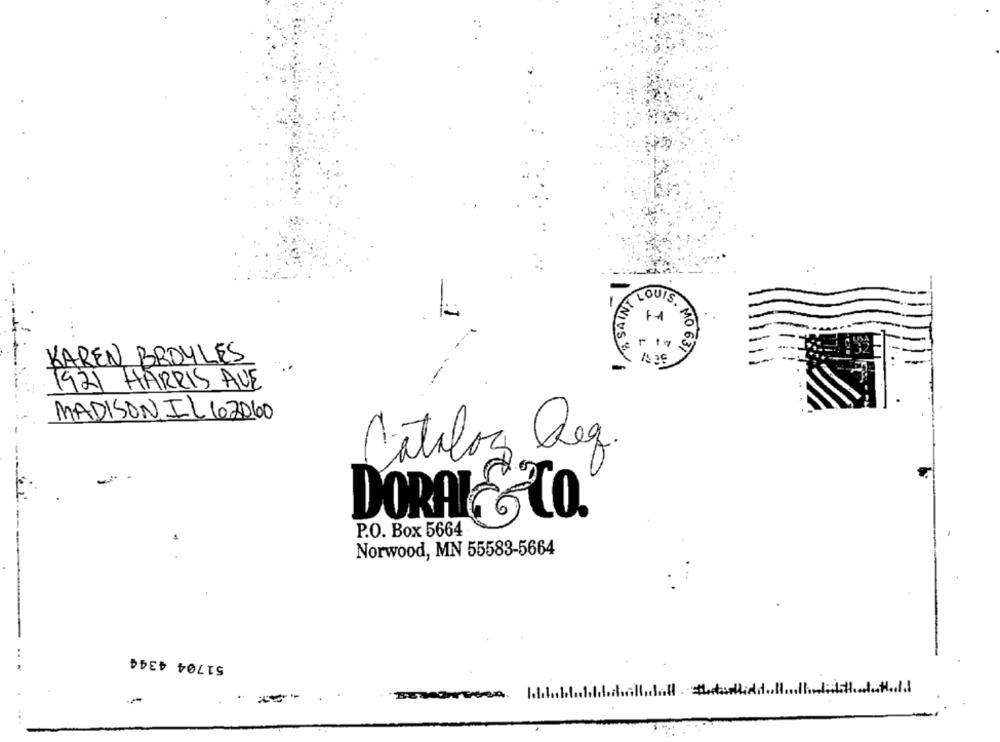
LOUIS.
i
F
-
KNIVS &
5. MO 631
KAREN BROYLES
1921 HARRIS AVE
MADISONIL 62060
Cataloz Reg.
DORAL& CO.
P.O. Box 5664
Norwood, MN 55583-5664
51704 4344